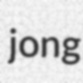
jong